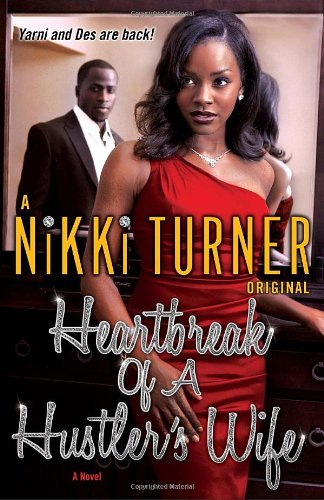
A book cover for Heartbreak of a Hustler's Wife: A Novel; Nikki Turner; Mystery, Thriller & Suspense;